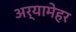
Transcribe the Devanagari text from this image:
अर्यामेहर